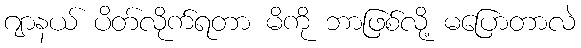
ဂျာနယ် ပိတ်လိုက်ရတာ မိကို ဘာဖြစ်လို့ မပြောတာလဲ